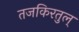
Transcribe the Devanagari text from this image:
तजकिरतुल्